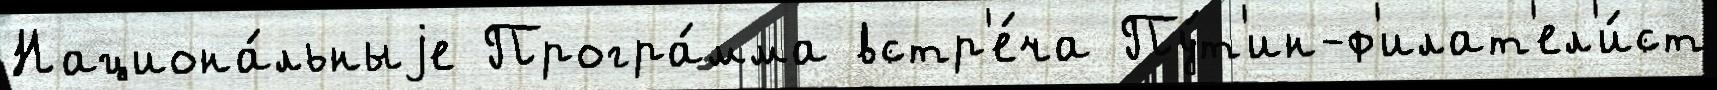
Национа́льныjе Програ́мма встр'е́ча Пу́т'ин-ф'илат'ел'и́ст